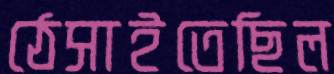
ঠেসাইতেছিল